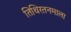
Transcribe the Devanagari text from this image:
तिथिरतनमाला